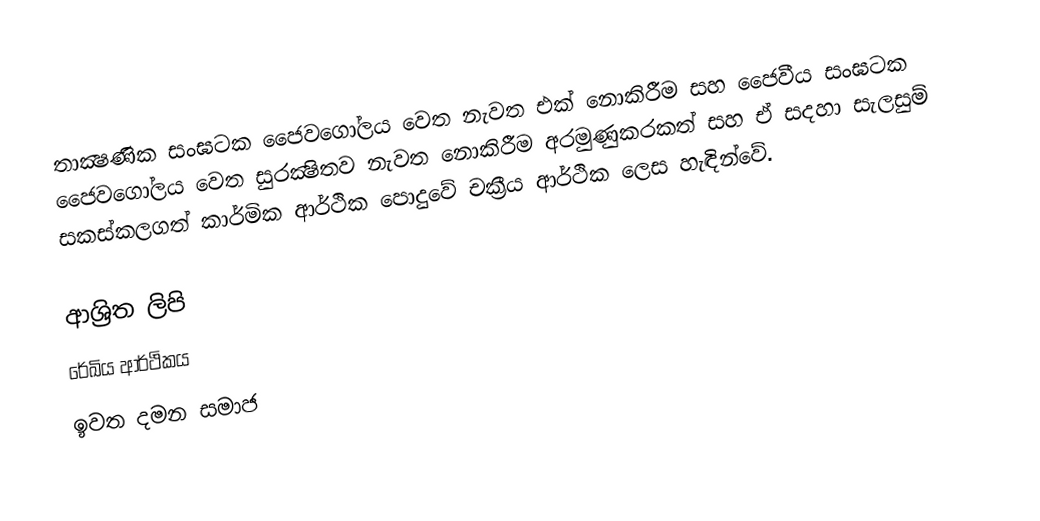
තාක්‍ෂණික සංඝටක ජෛවගෝලය වෙත නැවත එක් නොකිරීම සහ ජෛවීය සංඝටක ජෛවගෝලය වෙත සුරක්‍ෂිතව නැවත නොකිරීම අරමුණුකරකත් සහ ඒ සදහා සැලසුම් සකස්කලගත් කාර්මික ආර්ථික පොදුවේ චක්‍රීය ආර්ථික ලෙස හැඳින්වේ.

ආශ්‍රිත ලිපි
 රේඛිය ආර්ථිකය
 ඉවත දමන සමාජ